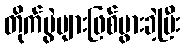
တိုက်ပွဲများဖြစ်ပွားခဲ့ပြီး